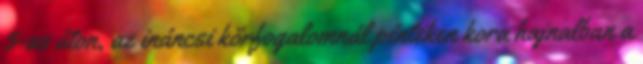
3-as úton, az ináncsi körfogalomnál pénteken kora hajnalban a